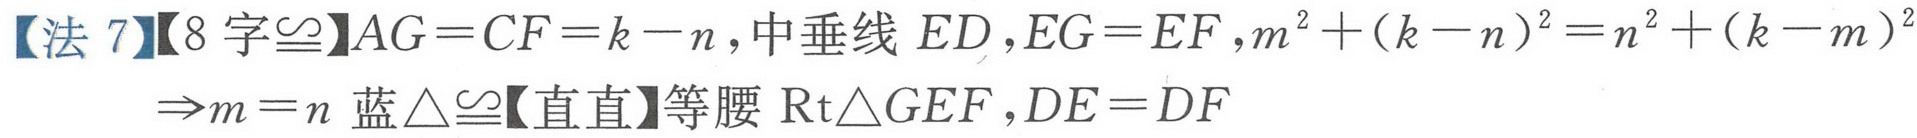
【法 7】【8 字$\cong$】$AG = CF=k - n$,中垂线 \(ED\),\(EG = EF\),\(m^{2}+(k - n)^{2}=n^{2}+(k - m)^{2}\Rightarrow m = n\) 蓝$\triangle\cong$【直直】等腰 \(\text{Rt}\triangle GEF\),\(DE = DF\)